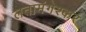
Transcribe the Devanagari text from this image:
लतामंगेश्कर